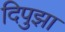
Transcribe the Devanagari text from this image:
दिपुझा